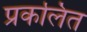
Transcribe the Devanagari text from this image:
प्रकलित